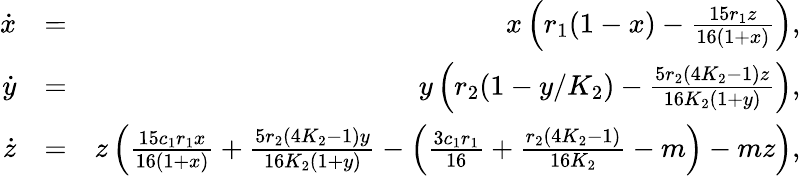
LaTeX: \begin{array}{rlr}{\dot{x}}&{=}&{x\left(r_{1}(1-x)-\frac{15r_{1}z}{16(1+x)}\right),}\\ {\dot{y}}&{=}&{y\left(r_{2}(1-y/K_{2})-\frac{5r_{2}(4K_{2}-1)z}{16K_{2}(1+y)}\right),}\\ {\dot{z}}&{=}&{z\left(\frac{15c_{1}r_{1}x}{16(1+x)}+\frac{5r_{2}(4K_{2}-1)y}{16K_{2}(1+y)}-\left(\frac{3c_{1}r_{1}}{16}+\frac{r_{2}(4K_{2}-1)}{16K_{2}}-m\right)-mz\right),}\end{array}